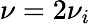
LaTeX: \nu=2\nu_{i}